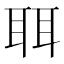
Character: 聑